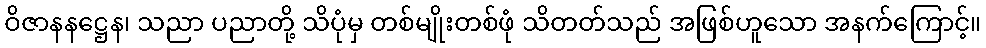
ဝိဇာနနဋ္ဌေန၊ သညာ ပညာတို့ သိပုံမှ တစ်မျိုးတစ်ဖုံ သိတတ်သည် အဖြစ်ဟူသော အနက်ကြောင့်။